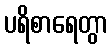
ပရိစာရေတွာ